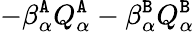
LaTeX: -\beta_{\alpha}^{\tt A}Q_{\alpha}^{\tt A}-\beta_{\alpha}^{\tt B}Q_{\alpha}^{\tt B}